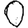
Digit: 0